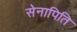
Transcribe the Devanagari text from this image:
सेनापिति